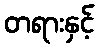
တရားနှင့်